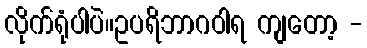
လိုက်ရုံပါပဲ။ဥပရိဘာဂဝါရ ကျတော့ -